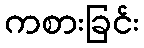
ကစားခြင်း